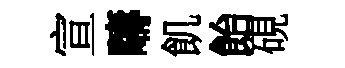
宣疇飢飴硯